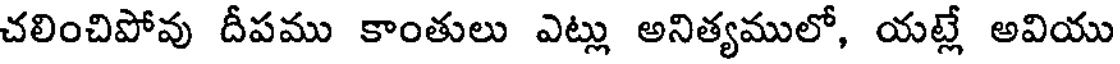
చలించిపోవు దీపము కాంతులు ఎట్లు అనిత్యములో, యట్లే అవియు